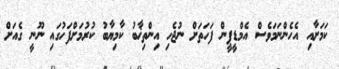
ކަމަށާއި އެހެންނަމަވެސް އެމްޑީޕީން ފަހަތަށް ނުޖެހި އިންތިޚާބު ކާމިޔާބު ކުރުމަށްފަހުގައި ނޫނީ ގެއަށް